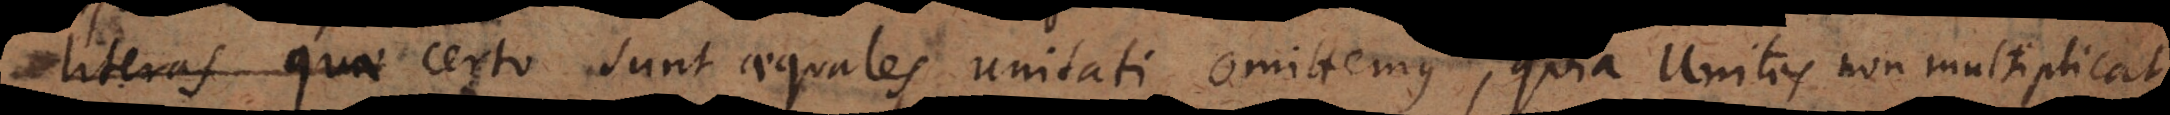
numeros qui certo sunt aequales unitati, omittemus, quia Unitas non multiplicat